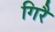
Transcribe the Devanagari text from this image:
गिरै